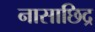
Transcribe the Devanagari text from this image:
नासाछिद्र